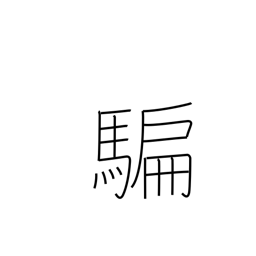
Meaning: deceive